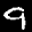
Label: 9